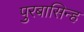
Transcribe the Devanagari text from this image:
पुरबासिन्ह